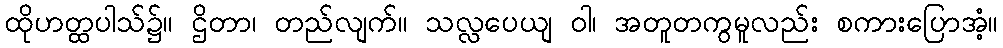
ထိုဟတ္ထပါသ်၌။ ဌိတာ၊ တည်လျက်။ သလ္လပေယျ ဝါ၊ အတူတကွမူလည်း စကားပြောအံ့။